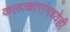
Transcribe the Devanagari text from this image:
कलाकारांमध्येही